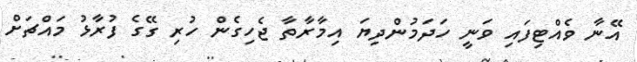
އޭނާ ވެއްޓިފައި ވަނީ ހަދަމުންދިޔަ އިމާރާތާ ޖެހިގެން ހުރި ގޭގެ ފުރާޅު މައްޗަށް